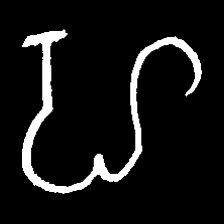
Pyu character \u2014 Myanmar letter: ဟ (romanized: ha)